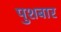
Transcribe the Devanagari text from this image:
पुशबार